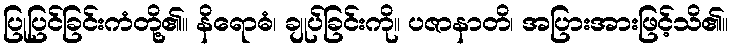
ပြုပြင်ခြင်းကံတို့၏။ နိရောဓံ၊ ချုပ်ခြင်းကို။ ပဇာနာတိ၊ အပြားအားဖြင့်သိ၏။